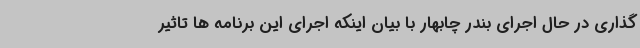
گذاری در حال اجرای بندر چابهار با بیان اینکه اجرای این برنامه ها تاثیر